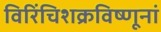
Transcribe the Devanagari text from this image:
विरिंचिशक्रविष्णूनां